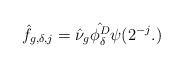
LaTeX: \begin{align*}\hat{f}_{g,\delta,j}=\hat{\nu}_g \hat{\phi^D_\delta} \psi(2^{-j}.)\end{align*}